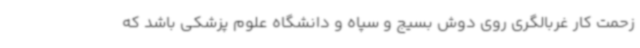
زحمت کار غربالگری روی دوش بسیج و سپاه و دانشگاه علوم پزشکی باشد که